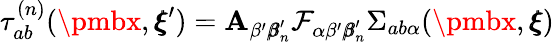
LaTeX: \tau_{ab}^{(n)}({\pmbx},{\pmb\xi}^{\prime})=\mathbf{A}_{\beta^{\prime}{\pmb\beta}_{n}^{\prime}}{\mathcal{{F}}_{\alpha\beta^{\prime}{\pmb\beta}_{n}^{\prime}}\Sigma_{ab\alpha}({\pmbx},{\pmb\xi})}